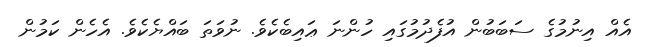
އެއް އިނުމުގެ ސަބަބުން އުފެދުމުގައި ހުންނަ ޢައިބެކެވެ. ނުވަތަ ބައްޔެކެވެ. އެހެން ކަމުން